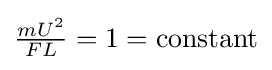
{\tfrac {mU^{2}}{FL}}=1={\text{constant}}